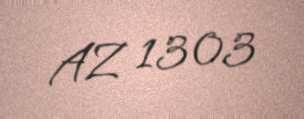
AZ 1303